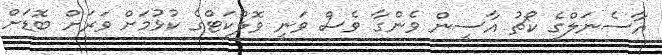
އާސެނަލްގެ ކޯޗު އާސީން ވެންގާ ވެސް ވަނީ ވޮލްކަޓްގެ ކުޅުމަށް ވަރަށް ބޮޑަށް